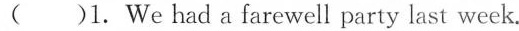
( )1.We had a farewell party last week.